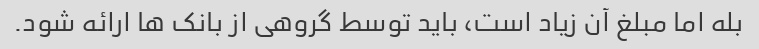
بله اما مبلغ آن زیاد است، باید توسط گروهی از بانک ها ارائه شود.